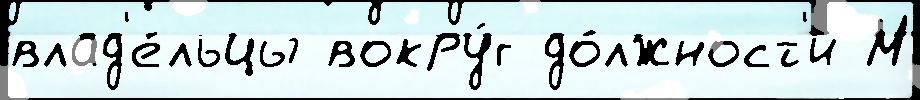
влад'е́льцы вокру́г до́лжност'и М